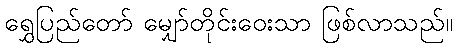
ရွှေပြည်တော် မျှော်တိုင်းဝေးသာ ဖြစ်လာသည်။